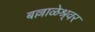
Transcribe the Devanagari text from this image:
बल्लाळेश्र्वर